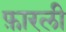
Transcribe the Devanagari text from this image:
फ़ारली